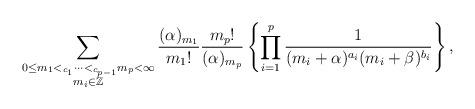
LaTeX: \begin{align*}\begin{aligned}\sum_{\begin{subarray}{c}0{\le}m_1<_{c_1}\cdots<_{c_{p-1}}m_p<\infty\\m_i\in\mathbb{Z}\end{subarray}}\frac{(\alpha)_{m_1}}{{m_1}!}\frac{{m_p}!}{(\alpha)_{m_p}}\left\{\prod_{i=1}^{p}\frac{1}{(m_i+\alpha)^{a_i}(m_i+\beta)^{b_i}}\right\},\end{aligned}\end{align*}